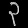
Digit: ၃